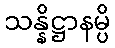
သန္နိဋ္ဌာနမ္ပိ